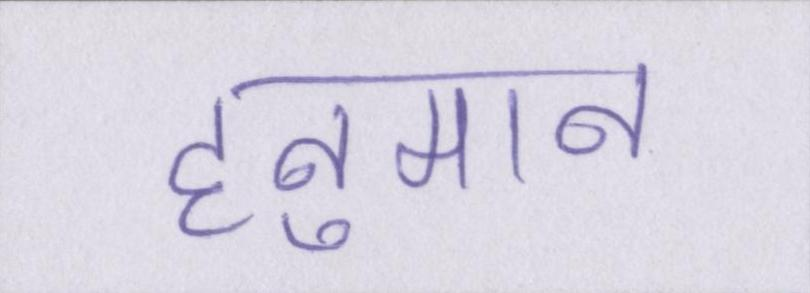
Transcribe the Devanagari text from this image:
हनुमान